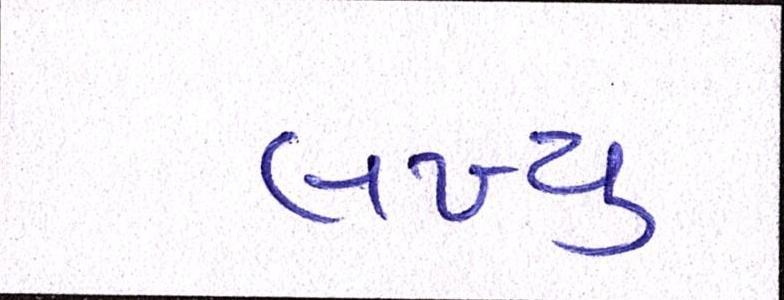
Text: લખ્યુ